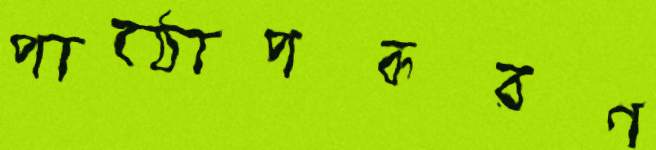
পাঠোপকরণ